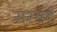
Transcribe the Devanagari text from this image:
सरमदे